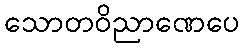
သောတဝိညာဏေပေ